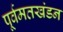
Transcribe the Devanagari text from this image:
पूर्वमतखंडन